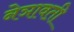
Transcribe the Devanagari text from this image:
नेञावती